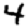
Digit: 4